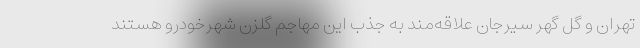
تهران و گل گهر سیرجان علاقه‌مند به جذب این مهاجم گلزن شهرخودرو هستند